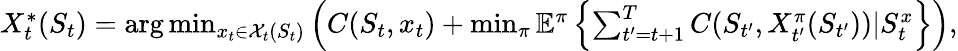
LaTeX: \begin{array}{r}{X_{t}^{*}(S_{t})=\arg\operatorname*{min}_{x_{t}\in{\mathcal{X}_{t}(S_{t})}}\left(C(S_{t},x_{t})+\operatorname*{min}_{\pi}\mathbb{E}^{\pi}\left\{ \sum_{t^{\prime}=t+1}^{T}C(S_{t^{\prime}},X_{t^{\prime}}^{\pi}(S_{t^{\prime}}))|S_{t}^{x}\right\} \right),}\end{array}